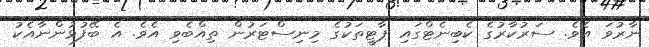
ނާރުވަ އެވެ. ސަރުކާރުގެ ކެބިނެޓްގައި ޕާޓީތަކުގެ މިނިސްޓަރުން ތިއްބެވި އެވެ. އެ ބޭފުޅުންނާއެކު